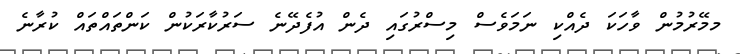
މމޭރުމުން ވާހަކަ ދެއްކި ނަމަވެސް މިސްރުގައި ދެން އުފެދޭނެ ސަރުކާރަކުން ކަންތައްތައް ކުރާނެ